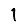
Digit: 1